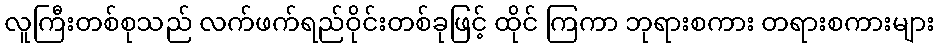
လူကြီးတစ်စုသည် လက်ဖက်ရည်ဝိုင်းတစ်ခုဖြင့် ထိုင် ကြကာ ဘုရားစကား တရားစကားများ